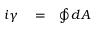
\begin{array} { r l r } { i \gamma } & { { } = } & { \oint d A } \end{array}